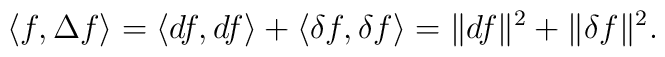
\langle f,\Delta f\rangle =\langle df,df\rangle +\langle \delta f,\delta f\rangle =\| d f\|^2+\| \delta f\|^2.